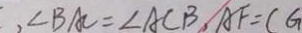
, \angle B A C = \angle A C B , A F = C G